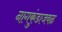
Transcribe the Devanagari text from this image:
नागकुंडाजवळ